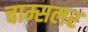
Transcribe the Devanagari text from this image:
चाम्सलर